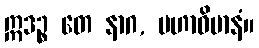
ဣဒဉ္စ တေ နာဂ, မဟာဝိမာနံ။